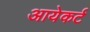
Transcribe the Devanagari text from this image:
आयेकर्ट